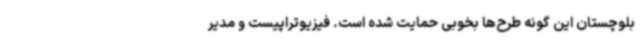
بلوچستان این گونه طرح‌ها بخوبی حمایت شده است. فیزیوتراپیست و مدیر